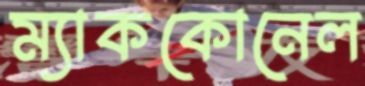
ম্যাককোনেল